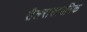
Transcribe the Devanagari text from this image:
तैलरासायनिक